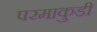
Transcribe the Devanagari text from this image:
परमाकुडी